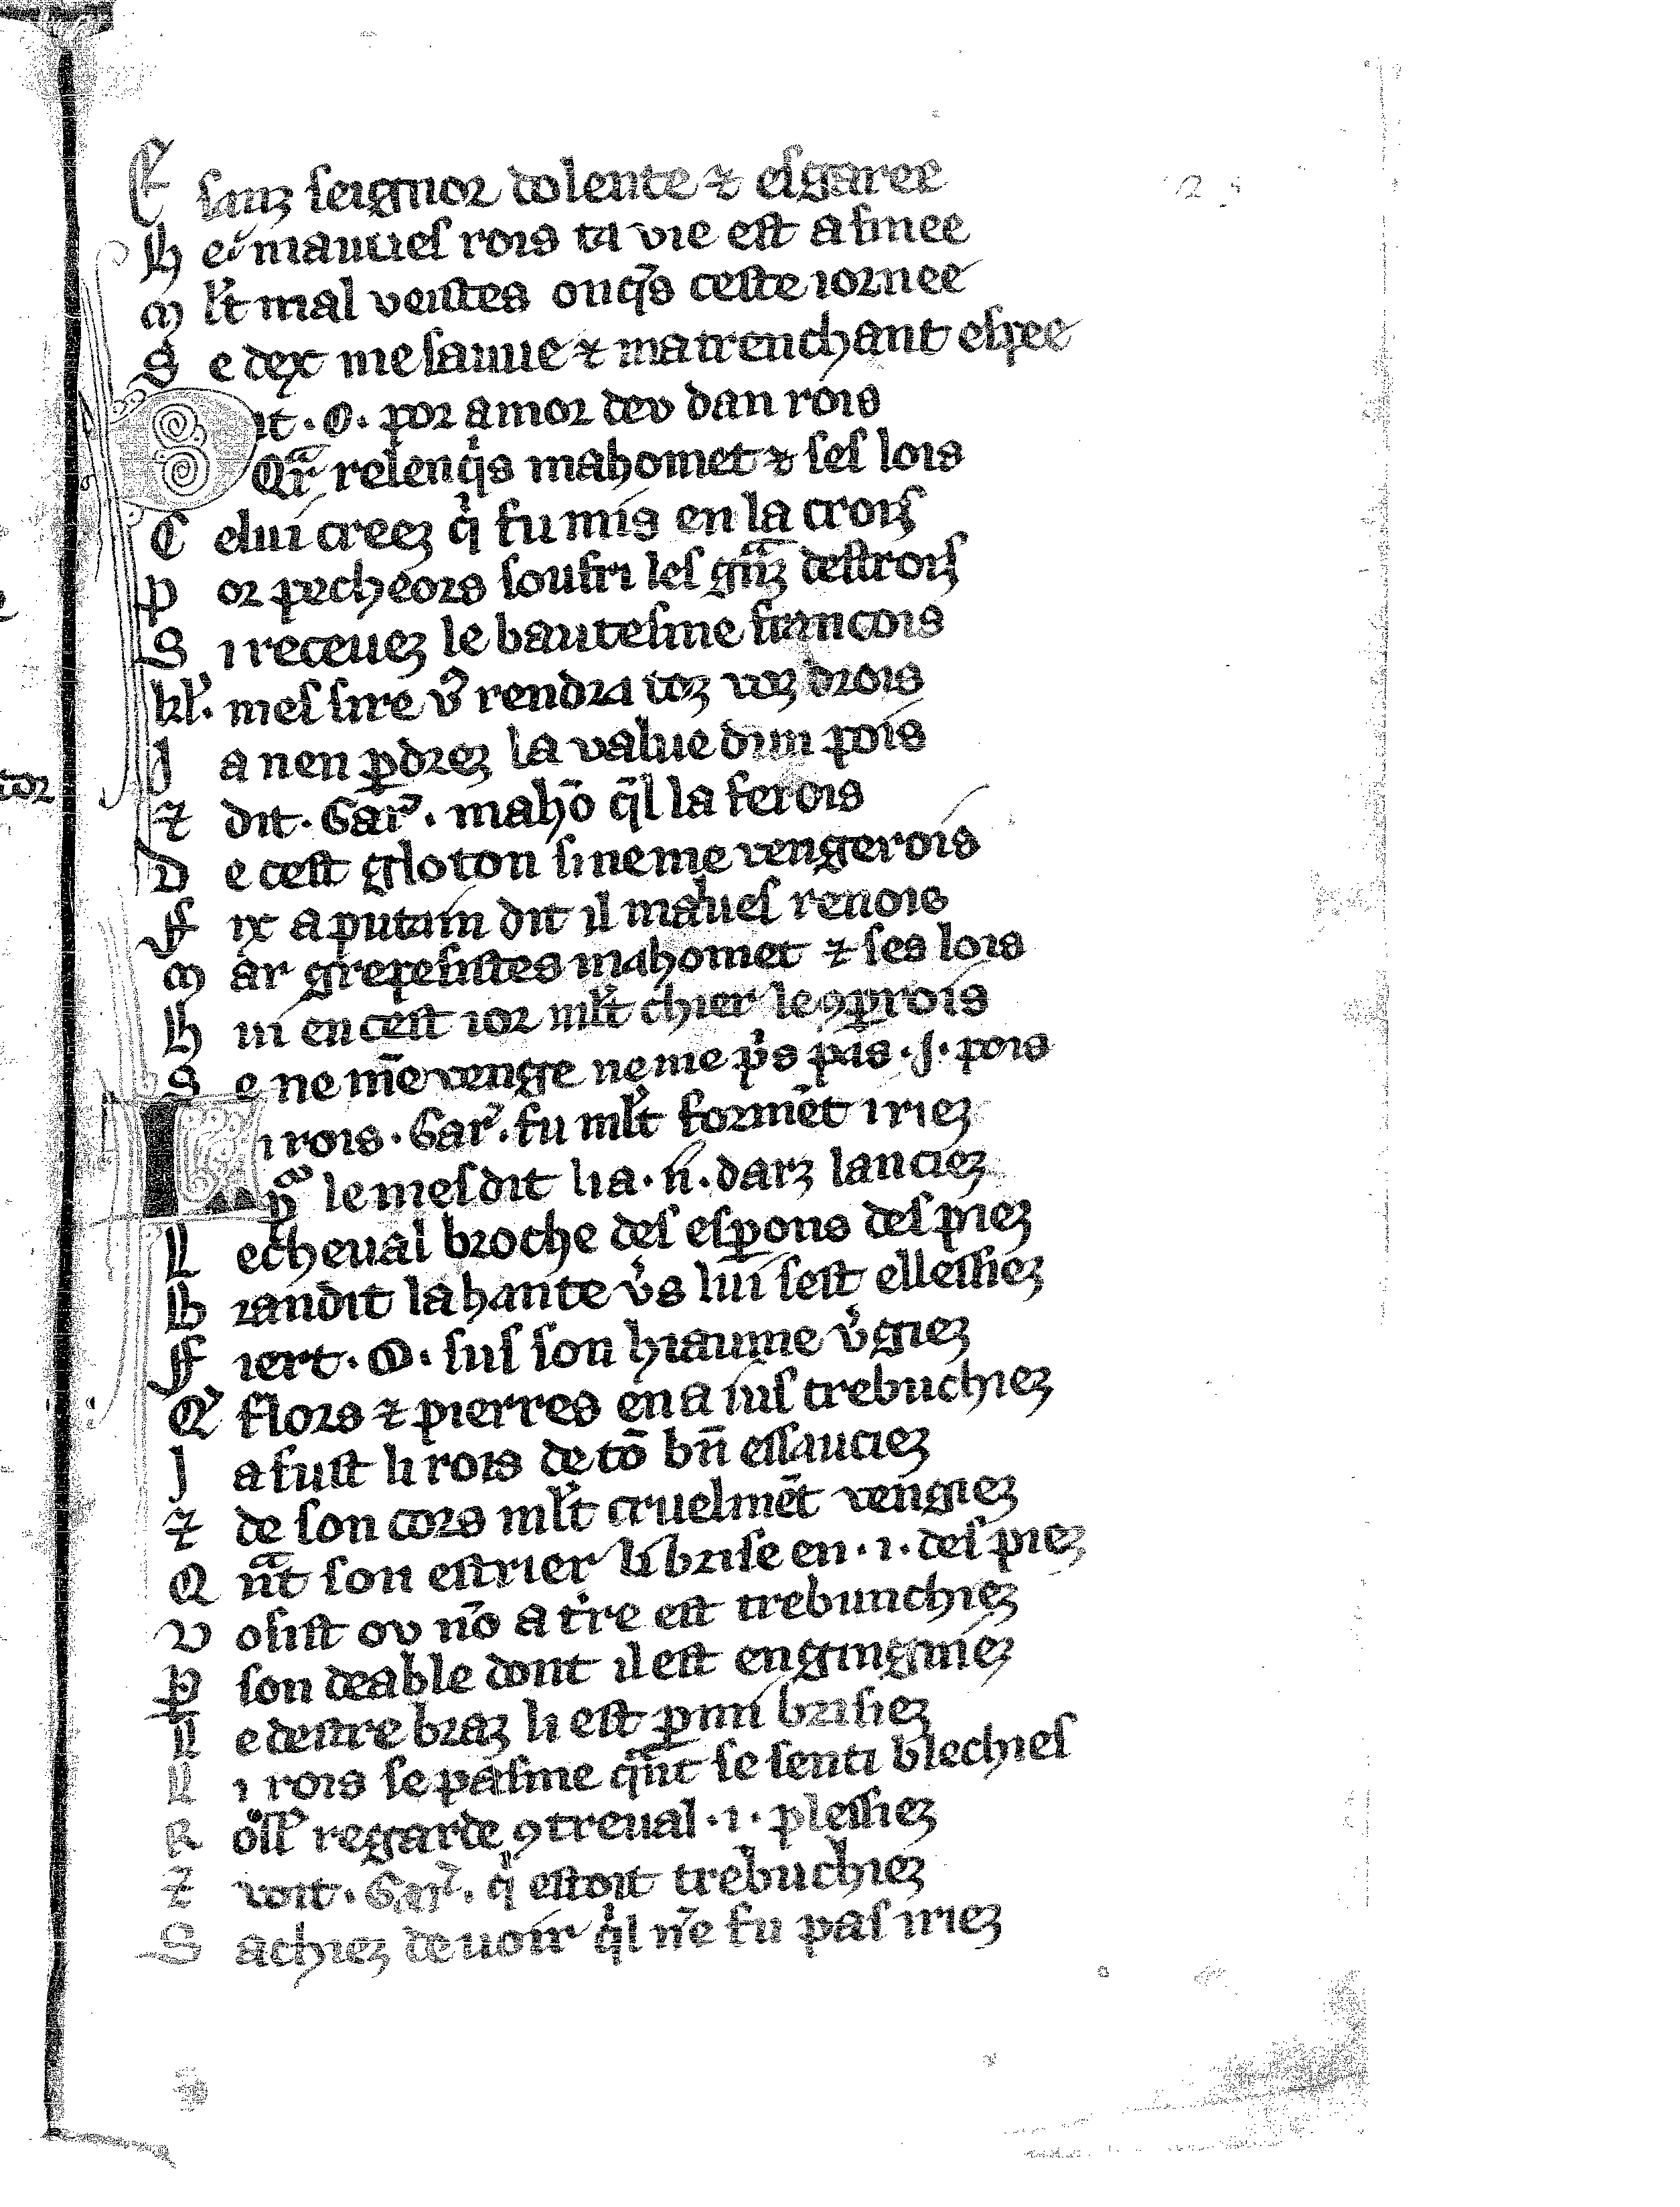
Shelfmark: Vatican, Biblioteca apostolica vaticana, Reg.lat. 1616
Century: 14